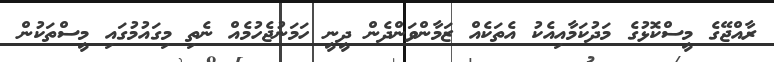
ރާއްޖޭގެ މީސްކޮޅުގެ މަދުކަމާއިއެކު އެތަކެއް ޒަމާންވަންދެން ދީނީ ހަމަނުޖެހުމެއް ނެތި މިގައުމުގައި މީސްތަކުން